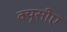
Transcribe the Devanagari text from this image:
क्यूसीए